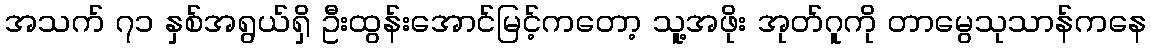
အသက် ၇၁ နှစ်အရွယ်ရှိ ဦးထွန်းအောင်မြင့်ကတော့ သူ့အဖိုး အုတ်ဂူကို တာမွေသုသာန်ကနေ